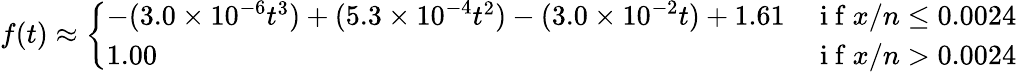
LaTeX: f(t)\approx\left\{ \begin{array}{ll}{-(3.0\times 10^{-6}t^{3})+(5.3\times 10^{-4}t^{2})-(3.0\times 10^{-2}t)+1.61}&{{\mathrm{~i~f~}x/n\leq 0.0024}}\\ {1.00}&{{\mathrm{~i~f~}x/n>0.0024}}\end{array}\right.